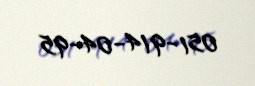
051-914-04-95